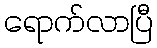
ရောက်လာပြီ